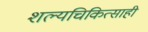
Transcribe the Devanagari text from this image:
शल्यचिकित्साही